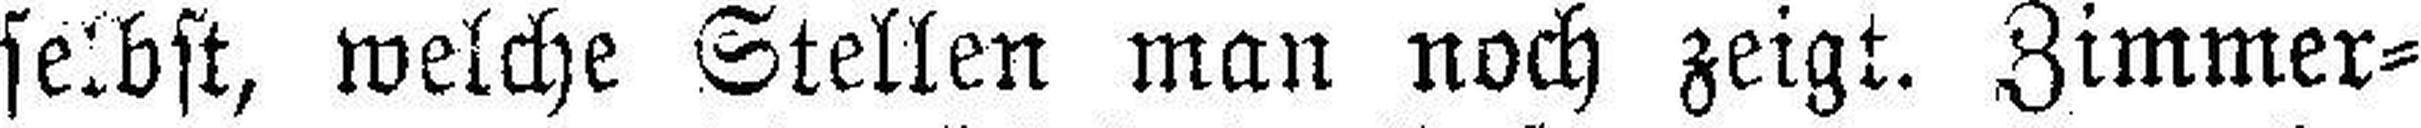
selbst, welche Stellen man noch zeigt. Zimmer¬